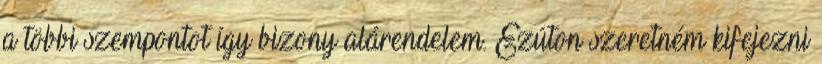
a többi szempontot így bizony alárendelem. Ezúton szeretném kifejezni